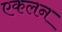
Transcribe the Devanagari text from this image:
एकलन